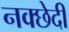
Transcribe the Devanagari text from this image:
नक्छेदी